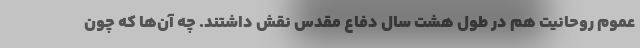
عموم روحانیت هم در طول هشت سال دفاع مقدس نقش داشتند. چه آن‌ها که چون